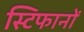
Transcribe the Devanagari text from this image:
स्टिफानों